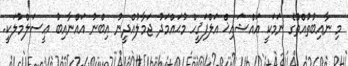
މި ނާއިބުތުއްތޫގެ ނަމަކީ އައްޝައިޚް އަލްފަޤީހް މުޙައްމަދު ޖަމާލުއްދީނު އިބްނު އައްނާއިބު ޢީސަލްމުލަކީ.